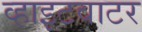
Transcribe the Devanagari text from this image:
व्हाइटवाटर